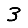
Digit: 3